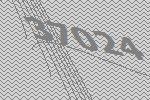
37024